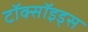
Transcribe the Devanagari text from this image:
टॉक्सॉइड्स